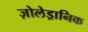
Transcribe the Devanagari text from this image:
ज़ोलेड्रानिक